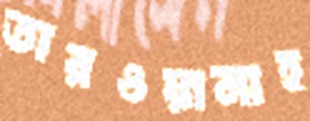
তারওয়ানাহ